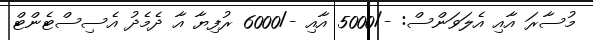
މުސާރަ އާއި އެލަވަންސް: -/5000 އާއި -/6000 ރުފިޔާ އާ ދެމެދު އެސިސްޓެންޓް